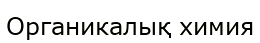
Органикалық химия